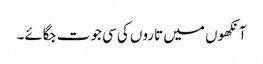
آنکھوں میں تاروں کی سی جوت جگائے۔